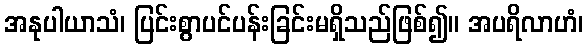
အနုပါယာသံ၊ ပြင်းစွာပင်ပန်းခြင်းမရှိသည်ဖြစ်၍။ အပရိလာဟံ၊